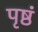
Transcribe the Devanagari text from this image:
पृष्ठं